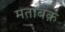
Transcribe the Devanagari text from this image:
मताबक़